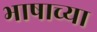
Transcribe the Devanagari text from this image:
भाषाच्या